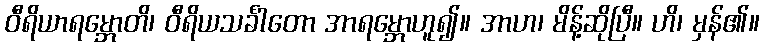
ဝီရိယာရမ္ဘောတိ၊ ဝီရိယသင်္ခါတော အာရမ္ဘောဟူ၍။ အာဟ၊ မိန့်ဆိုပြီ။ ဟိ၊ မှန်၏။